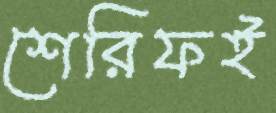
শেরিফই